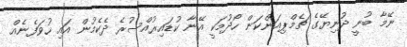
ނޭމާ ބުނީ ދުނިޔޭގެ ޗެމްޕިއަންކަން ހޯދުމަކީ އޭނާ ކުޑައިރުއްސުރެ ދެކެމުން އައި ހުވަފެނެއް